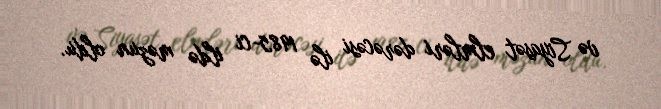
və Siyasət elmləri dərəcəsi ilə 1985-ci ildə məzun oldu.